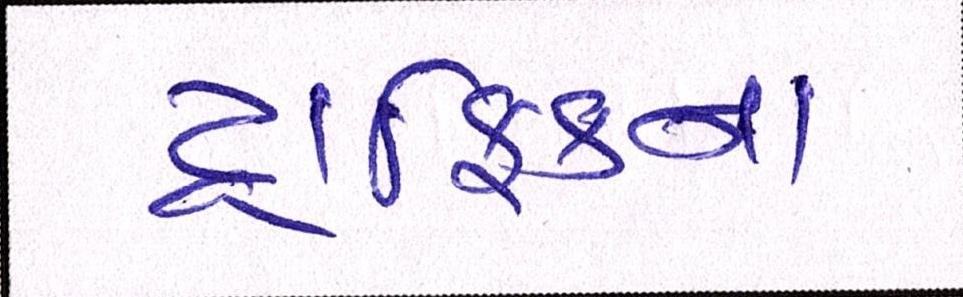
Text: ટ્રાફિકના